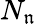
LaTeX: N_{\mathfrak{n}}